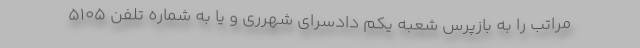
مراتب را به بازپرس شعبه یکم دادسرای شهرری و یا به شماره تلفن ۵۱۰۵